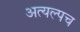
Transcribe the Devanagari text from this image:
अत्यल्पच